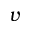
\boldsymbol { v }